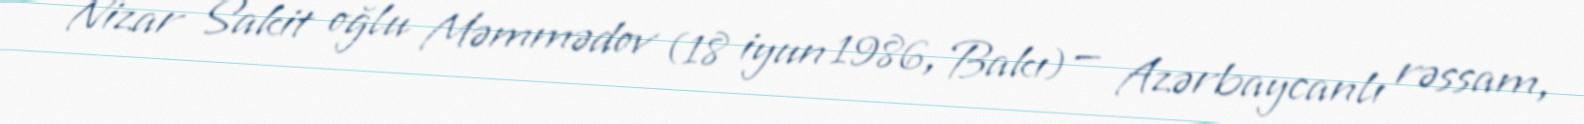
Nizar Sakit oğlu Məmmədov (18 iyun 1986, Bakı) — Azərbaycanlı rəssam,